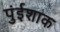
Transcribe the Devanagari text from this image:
पुंईशाक